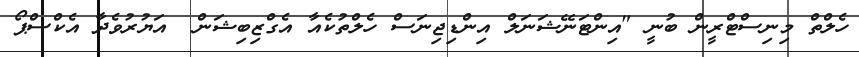
ހެލްތް މިނިސްޓްރީން ބުނީ "އިންޓަނޭޝަނަލް އިންޑިޖިނަސް ހެލްތުކެއާ އެގްޒިބިޝަން  އަޔުރުވެދާ އެކްސްޕޯ